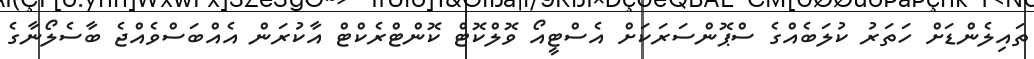
ތައިލެންޑަށް ހަތަރު ކުލަބެއްގެ ސްޕޮންސަރަކަށް އެސްޓީއޯ ވޮލްކޮޓް ކޮންޓްރެކްޓް އާކުރަން އެއްބަސްވެއްޖެ ބާސެލޯނާގެ